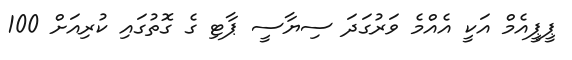
ޕީޕީއެމް އަކީ އެއްމެ ވަރުގަދަ ސިޔާސީ ޕާޓި ގެ ގޮތުގައި ކުރިއަށް 100